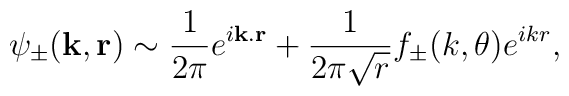
\psi_{\pm}(\mathbf{k}, \mathbf{r})  \sim \frac{1}{2\pi} e^{i\mathbf{k}.\mathbf{r}}  + \frac{1}{2\pi\sqrt{r}} f_{\pm}(k, \theta) e^{ikr},